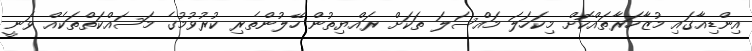
އިންޑިއާގައި މުޒާހަރާތައްކޮށް މިކަހަލަ މައްސަލަ ތަކަށް ރައްޔިތުން ހޭލުންތެރި ކުރުވުމުގެ މަސައްކަތްތަކެއް ވަނީ